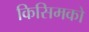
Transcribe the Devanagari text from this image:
किसिमको